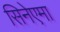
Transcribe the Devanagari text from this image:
सिनेएमा